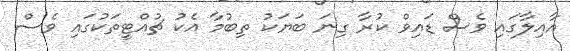
އާއިލާގައި ވެސް ޑައިވް ކުރާ ގިނަ ބަޔަކު ތިބުމާ އެކު ޗުއްޓީތަކުގައި ވެސް